Civil Veterinary Department. United Provinces 1923-31 - 1923-1931
Year: 1923
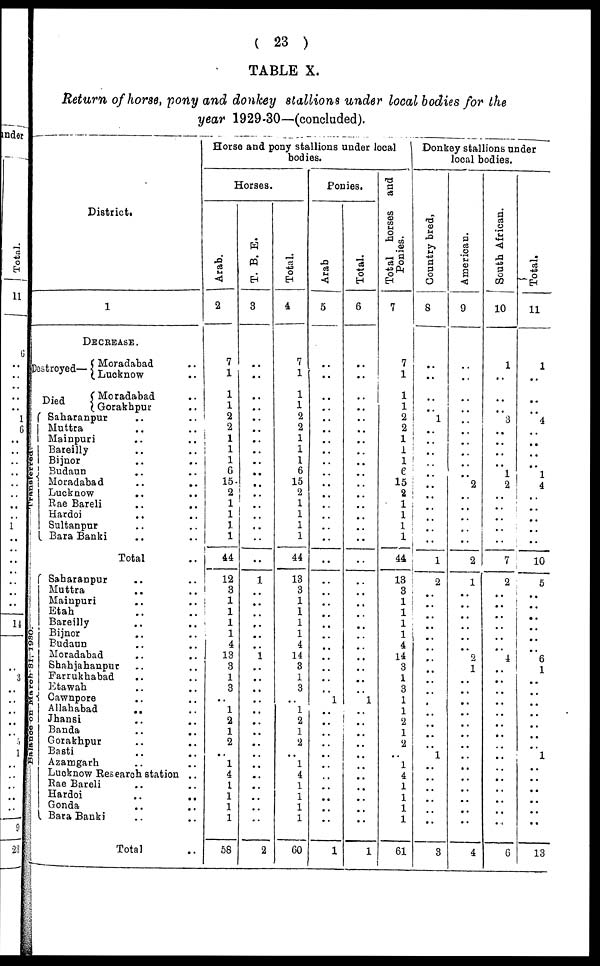
(23)
TABLE X.
Return of horse, pony and donkey stallions under local bodies for the
year 1929-30—(concluded).
District.
1
DECREASE.
Destroyed- Moradabad
Transferred.
Balance
on March 31, 1980.
Died
Moradabad
Gorakhpur
Saharanpur ..
Muttra ..
Mainpuri ..
Bareilly ..
Bijnor ..
Budaun ..
Moradabad ..
Lucknow ..
Rae Bareli ..
Hardoi ..
Sultanpur ..
Bara Banki ..
Total
Saharanpur ..
Muttra ..
Mainpuri ..
Etah ..
Bareilly ..
Bijnor ..
Budaun ..
Moradabad ..
Shahjahanpur ..
Farrukhabad ..
Etawah ..
Cawnpore ..
Allahabad
..
Jhansi ..
Banda ..
Gorakhpur ..
Basti ..
Azamgarh ..
Lucknow Research station
Rae Bareli ..
Hardoi ..
Gonda ..
Bara Banki ..
Total
..
..
..
..
..
..
..
..
..
..
..
..
..
..
..
..
..
..
..
..
..
..
..
..
..
..
..
..
..
..
..
..
..
..
..
..
..
..
..
..
..
Horse and pony stallions under local
bodies.
Horses.
Arab.
2
7
1
1
1
2
2
1
1
1
6
15
2
1
1
1
1
44
12
3
1
1
1
1
4
13
3
1
3
..
1
2
1
2
..
1
4
1
1
1
1
58
T. B. E.
3
..
..
..
..
..
..
..
..
..
..
..
..
..
..
..
..
..
1
..
..
..
..
..
..
1
..
..
..
..
..
..
..
..
..
..
..
..
..
..
..
2
Total.
4
7
1
1
1
2
2
1
1
1
6
15
2
1
1
1
1
44
13
3
1
1
1
1
4
14
3
1
3
..
1
2
1
2
..
1
4
1
1
1
1
60
Ponies.
Arab
5
..
..
..
..
..
..
..
..
..
..
..
..
..
..
..
..
..
..
..
..
..
..
..
..
..
..
..
..
1
..
..
..
..
..
..
..
..
..
..
..
1
Total.
6
..
..
..
..
..
..
..
..
..
..
..
..
..
..
..
..
..
..
..
..
..
..
..
..
..
..
..
..
1
..
..
..
..
..
..
..
..
..
..
..
1
Total horses and
Ponies.
7
7
1
1
1
2
2
1
1
1
6
15
2
1
1
1
1
44
13
3
1
1
1
1
4
14
3
1
3
1
1
2
1
2
..
1
4
1
1
1
1
61
Donkey stallions under
local bodies.
Country bred,
8
..
..
..
.. 1
..
..
..
..
..
..
..
..
..
..
..
1
2
..
..
..
..
..
..
..
..
..
..
..
..
..
....
..
1
..
..
..
..
..
..
3
American.
9
..
..
..
..
..
..
..
..
..
..
2
..
..
..
..
..
2
1
..
..
..
..
..
..
2
1
..
..
..
..
..
..
..
..
..
..
..
..
..
..
4
South African.
10
1
..
..
.. 3
..
..
..
..
1
2
..
..
..
..
..
7
2
..
..
..
..
..
..
1
..
..
..
..
..
..
..
..
..
..
..
..
..
..
..
6
Total.
11
1
..
..
.. 4
..
..
..
..
1
4
..
..
..
..
..
10
5
..
..
..
..
..
..
6
1
..
..
..
..
..
..
..
1
..
..
..
..
..
..
13